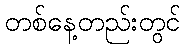
တစ်နေ့တည်းတွင်